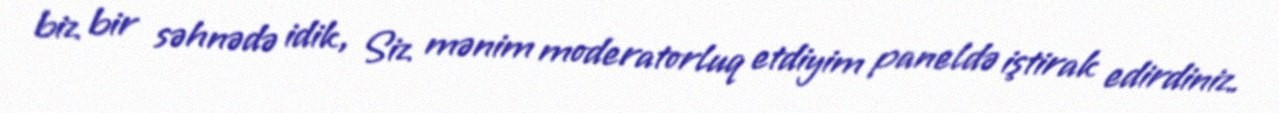
biz bir səhnədə idik, Siz mənim moderatorluq etdiyim paneldə iştirak edirdiniz.